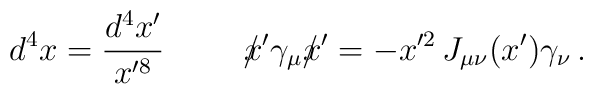
d^4x=\frac{d^4x'}{x'^8}\hspace{1cm}/\hspace{-2mm}x'\gamma_\mu/\hspace{-2mm}x'=-x'^2\, J_{\mu\nu}(x')\gamma_\nu \, .